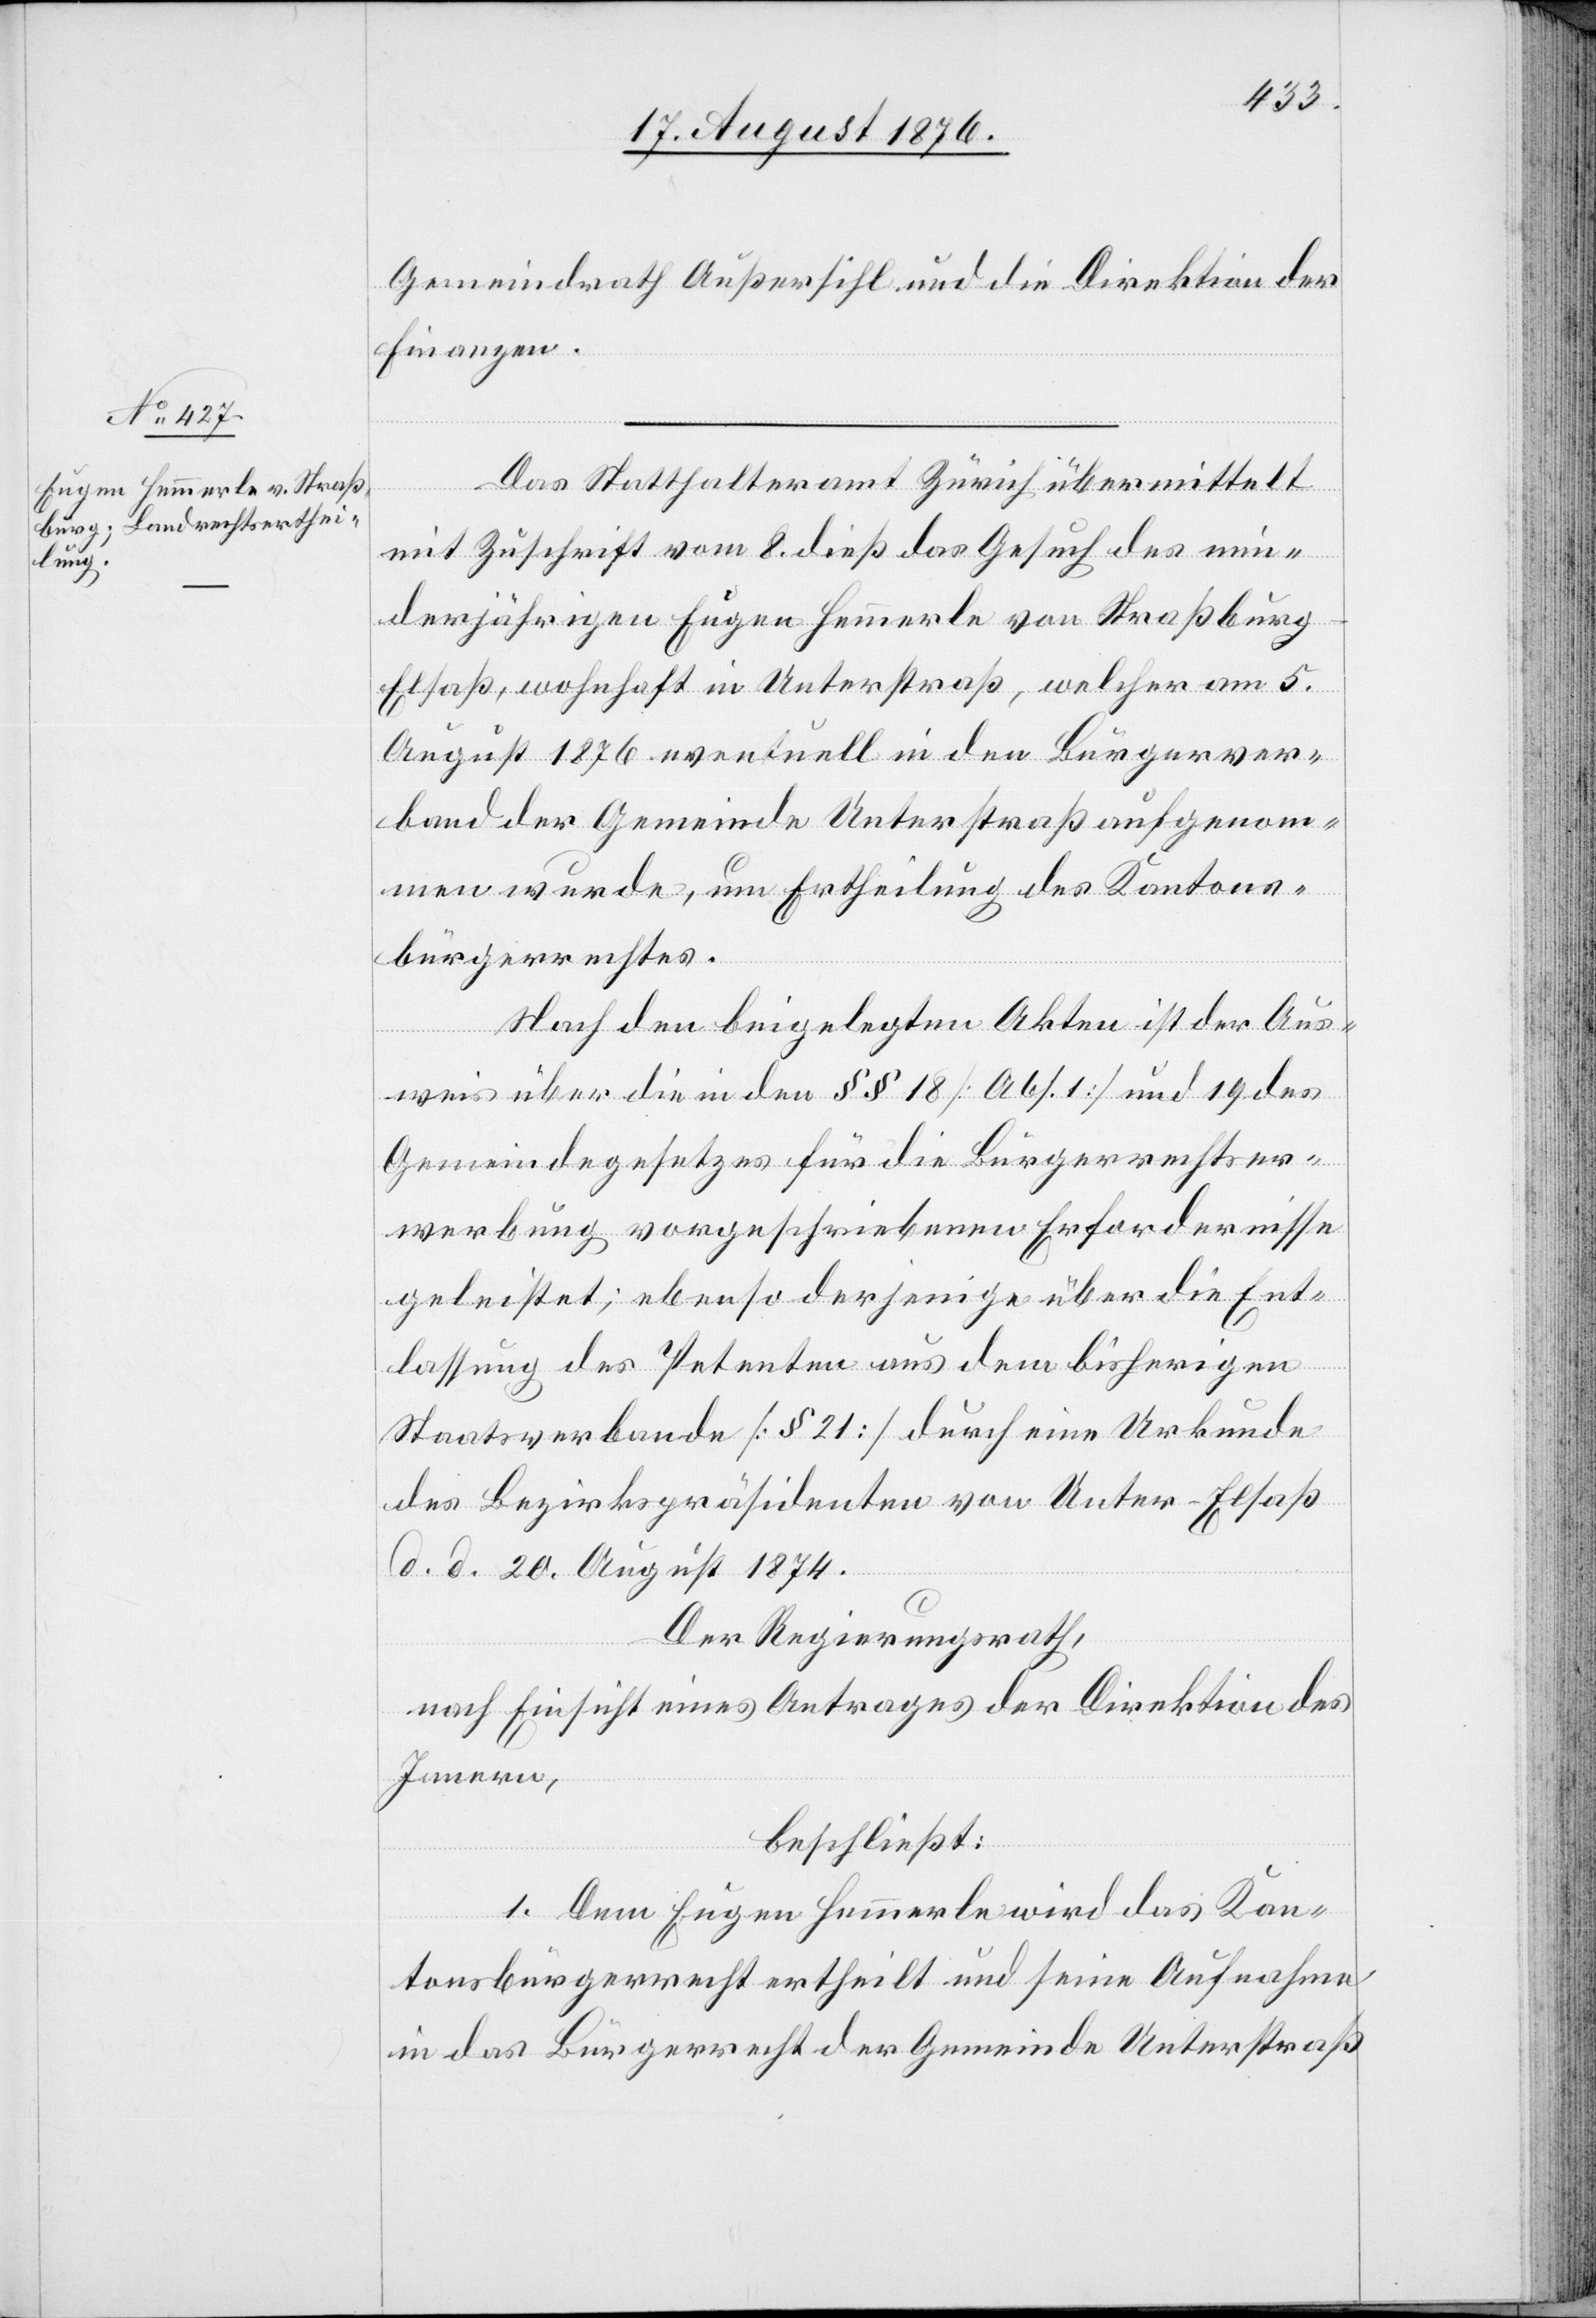
Gemeindrath Außersihl und die Direktion der
Finanzen.
mit Zuschrift vom 8. dieß das Gesuch des min¬
derjährigen Eugen Hemmerle von Straßburg
Elsaß, wohnhaft in Unterstraß, welcher am 5.
August 1876 eventuell in den Bürgerver¬
band der Gemeinde Unterstraß aufgenom¬
men wurde, um Ertheilung des Kantons¬
bürgerrechtes.
Nach den beigelegten Akten ist der Aus¬
weis über die in den §§ 18 [Abs. 1] und 19 des
Gemeindegesetzes für die Bürgerrechtser¬
werbung vorgeschriebenen Erfordernisse
geleistet; ebenso derjenige über die Ent¬
Das
lassung des Petenten aus dem bisherigen
Staatsverbande [§ 21] durch eine Urkunde
des Bezirkspräsidenten von Unter-Elsaß
d. d. 20. August 1874.
Der Regierungsrath,
nach Einsicht eines Antrages der Direktion des
Innern,
beschließt:
1. Dem Eugen Hemmerle wird das Kan¬
tonsbürgerrecht ertheilt und seine Aufnahme
in das Bürgerrecht der Gemeinde Unterstraß